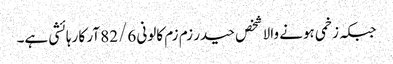
جبکہ زخمی ہونے والا شخص حیدر زم زم کالونی 82/6 آر کا رہائشی ہے۔